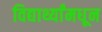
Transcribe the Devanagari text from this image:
विद्यार्थ्यांमधून